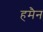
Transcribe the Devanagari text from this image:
हमैन